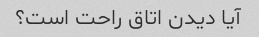
آیا دیدن اتاق راحت است؟